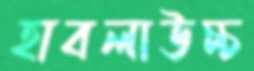
হাবলাউচ্চ